system: You are a helpful assistant.
user:
Analyze the provided spectrum to determine if it is a **M-type Giant (gM)**.

A M-type Giant spectrum is defined by its **strong molecular absorption** features, particularly from **Titanium Oxide (TiO)**. You must check for one of the following mutually exclusive signatures:

- **Key Visual Indicators (Absorption-Dominated Spectrum):**

    - **(Primary):** The spectrum is dominated by strong molecular absorption from **Titanium Oxide (TiO)**. This is the **defining feature** of its M-type temperature class.
        - **(Key Bandheads):** Look for sharp, "saw-tooth" absorption valleys. The strongest are located near **~7050 Å**, **~6160 Å**, and **~5170 Å**.
        - **(Line Profile):** The "saw-tooth" morphology is critical: a **sharp, steep drop on the BLUE (short-wavelength) side** of the bandhead, followed by a gradual recovery (rising flux) towards the RED (long-wavelength) side.

    - **(Key Confirmation - Giant vs. Dwarf):** **ABSENCE** of strong **Calcium Hydride (CaH)** molecular bands. This is the primary diagnostic for *excluding* M-dwarfs.
        - **(Key Region):** The spectrum should lack the strong, broad absorption band seen in dwarfs between **~6800 Å and ~7000 Å**.

    - **(Secondary Confirmation - Giant):** A very strong and broad **Neutral Calcium (Ca I)** atomic absorption line.
        - **(Key Line):** Located at **~4226 Å**. In a giant (gM), this line is significantly deeper and broader than the same line in an M-dwarf (dM) due to low surface gravity.

    - **(Overall Spectrum):**
        - The continuum is **extremely red-sloping** (i.e., flux is very low in the blue and rises dramatically towards the red).
        - The entire spectrum appears "chopped up" by the deep TiO bands.

Think first, call **spectral_visualization_tool** if needed to examine features in detail, then provide your final answer. Your response must adhere to the following strict rules:
1.  **Overall Structure:** Your response must follow the format `<think>...</think> <tool_call>...</tool_call> (if a tool is used) <answer>...</answer>`.
2.  **Tool Usage Constraint:** You may only make **one** tool call per turn.
3.  **Final Answer Format:** In the `<answer>` tag, your conclusion must be inside a `\boxed{}` command (e.g., `\boxed{YES}` or `\boxed{NO}`), followed by your justification.

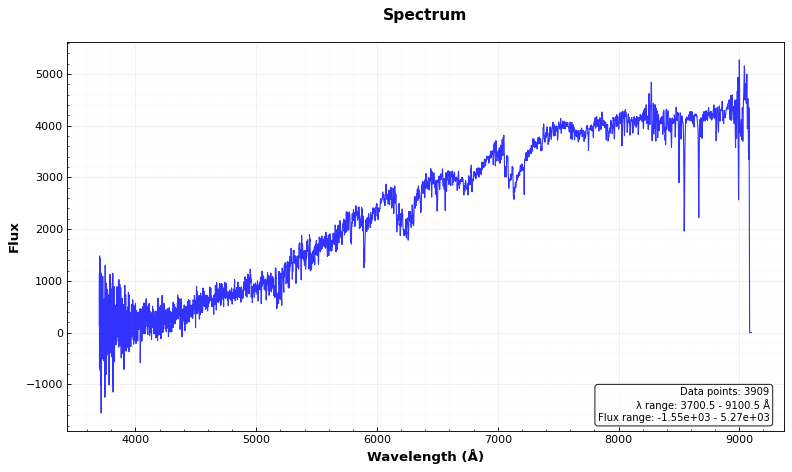
Answer: YES